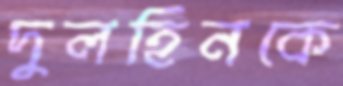
দুলহিনকে